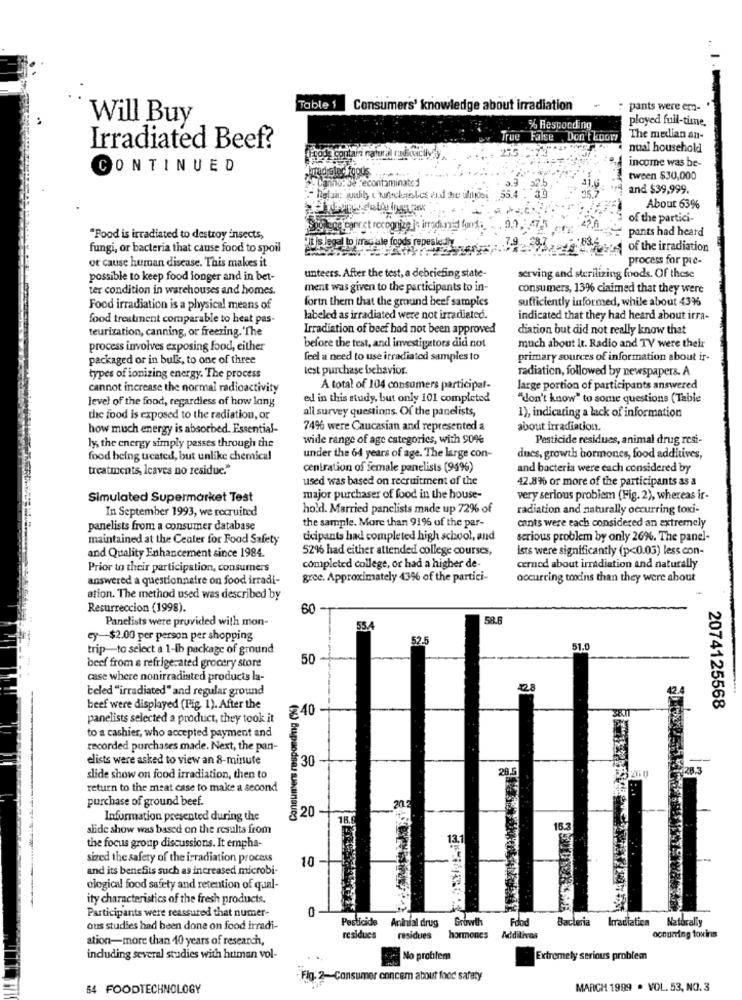
Table 1
Consumers' knowledge about irradiation
pants were em-
Will Buy
played full-time,
% Rescording
rue
False Don't know
The median an-
Irradiated Beef?
nual household
income was be-
CONTINUED
anno: Je Fecontaminato
tween $30,000
and $39,999.
About 63%
of the partici-
ce conret recognize ]
pants had heard
"Food is irradiated to destroy insects,
it is legal to jarectale foods
fungi, or bacteria that cause food to spoil
of the irradiation
ot cause human disease. This makes it
process for pre-
possible to keep food longer and in bet-
unteers. After the test, a debriefing state-
serving and sterilizing foods. Of these
ter condition in warehouses and homes.
ment was given to the participants to in-
consumers, 13% claimed that they were
forin them that the ground beef samples
sufficiently informed, while about 4396
Food irradiation is a physical means of
food treatment comparable to heat pas-
labeled as irradiated were not irradiated.
indicated that they had heard about irra-
teurization, canning, or freezing.'The
Irradiation of beef had not been approved
diation but did not really know that
process involves exposing food, either
before the test, and investigators did not
much about it. Radio and TV were their
packaged or in bulk, to one of three
feel a need to use irradiated samples to
primary sources of information about ir-
test purchase behavior
radiation, followed by newspapers. A
types of ionizing energy. The process
cannot increase the normal radioactivity
A total of 104 consumers participat-
large portion of participants answered
level of the food, regardless of how long
ed in this study, but only 101 completed
"don't know" to some questions (Table
all survey questions. Of the panelists,
the food is exposed to the radiation, or
1), indicating a lack of information
how much energy is absorbed. Essential-
74% were Caucasian and represented a
about irradiation.
wide range of age categories, with 90%
Pesticide residues, animal drug resi-
ly the energy simply passes through the
food being treated, but unlike chemical
under the 64 years of age. The large con-
ducs, growth hormones, food additives,
treatments, leaves no residue."
centration of female panelists (94%)
and bacteria were each considered by
used was based on recruitment of the
42.8% or more of the participants as a
Simulated Supermarket Test
major purchaser of food in the house-
very serious problem (Fig. 2), whereas ir-
In September 1993, we recruited
hold. Married panclists made up 72% of
radiation and naturally occurring toxi-
the sample. More than 91% of the par-
cants were each considered an extremely
panelists from a consumer database
maintained at the Center for Food Safety
ticipants had completed high school, and
serious problem by only 26%. The panel-
52% had either attended college courses,
ists were significantly (p<0.03) less con-
and Quality Enhancement since 1984.
Prior to their participation, consumers
completed college, or had a higher de-
cerned about irradiation and naturally
answered a questionnaire on food irradi-
gree. Approximately 436 of the partici-
occurring toodins than they were about
ation. The method used was described by
Resurreccion (1998).
60
Panelists were provided with mon-
58.6
55.4
ey-$2.00 per person per shopping
52.5
trip-to select a 1-ib package of ground
51.0
beef from a refrigerated grocery store
50
case where nonirradiated products la-
beled "irradiated" and regular ground
28
beef were displayed (Fig. 1). After the
₹40
2074125568
panelists selected a product, they took it
to a cashier, who accepted payment and
recorded purchases made. Next, the pan-
elists were asked to view an 8-minute
$30
28.5
28.3
slide show on food irradiation, then to
return to the meat case to make a second
purchase of ground beef.
§ 20
Information presented during the
(94) Buspaodsa) SINunBUCO)
slide show was based on the results from
the focus group discussions. It empha-
13.1
sized the safety of the irradiation process
10
and its benefits such as increased microbi-
ological food safety and retention of qual-
ity characteristics of the fresh products.
0
Participants were reassured that numer-
Pesticide
Aninial drug
Growth
Food
Bacteria Irradiatica Naturally
ous studies had been done on food irradi-
occurring toxins
ation-more than 10 years of research,
residues
residues
hormones
Additivos
including several studies with human vol-
No problem
Extremely serious problem
Fig:
Consumer concem about food safety
84 FOODTECHNOLOGY
MARCH 1999 . VOL. 53, NO. 3